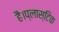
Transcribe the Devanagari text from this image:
है।प्लास्टिक